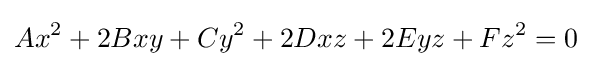
Ax^{2}+2Bxy+Cy^{2}+2Dxz+2Eyz+Fz^{2}=0